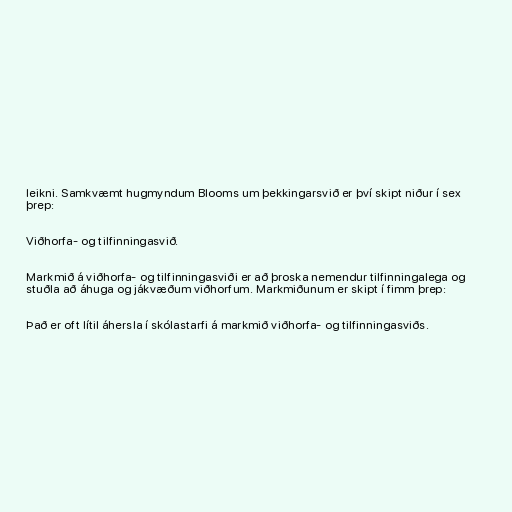
leikni. Samkvæmt hugmyndum Blooms um þekkingarsvið er því skipt niður í sex
þrep:

Viðhorfa- og tilfinningasvið.

Markmið á viðhorfa- og tilfinningasviði er að þroska nemendur tilfinningalega og
stuðla að áhuga og jákvæðum viðhorfum. Markmiðunum er skipt í fimm þrep:

Það er oft lítil áhersla í skólastarfi á markmið viðhorfa- og tilfinningasviðs.